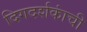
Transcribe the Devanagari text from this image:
दिगदर्शकांची